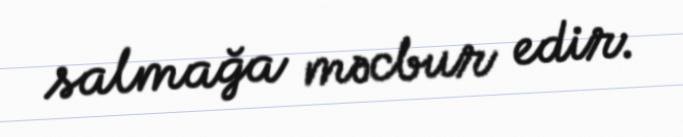
salmağa məcbur edir.